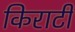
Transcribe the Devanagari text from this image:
किराटी